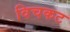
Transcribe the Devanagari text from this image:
विचकट